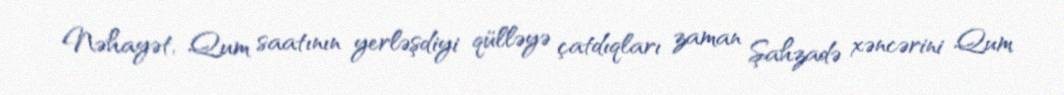
Nəhayət, Qum saatının yerləşdiyi qülləyə çatdıqları zaman Şahzadə xəncərini Qum